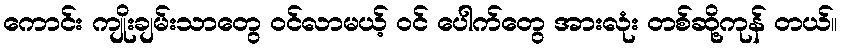
ကောင်း ကျိုးချမ်းသာတွေ ဝင်လာမယ့် ဝင် ပေါက်တွေ အားလုံး တစ်ဆို့ကုန် တယ်။